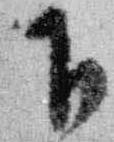
下